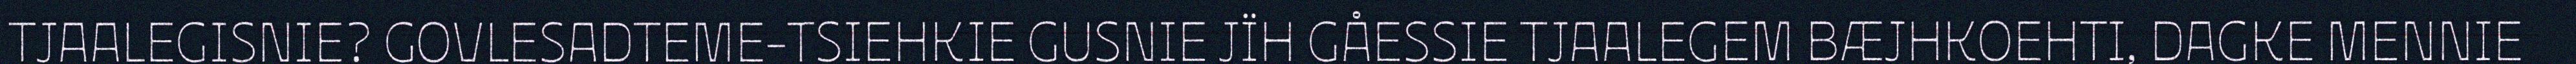
TJAALEGISNIE? GOVLESADTEME-TSIEHKIE GUSNIE JÏH GÅESSIE TJAALEGEM BÆJHKOEHTI, DAGKE MENNIE